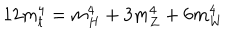
1 2 m _ { t } ^ { 4 } = m _ { H } ^ { 4 } + 3 m _ { Z } ^ { 4 } + 6 m _ { W } ^ { 4 }